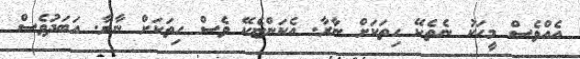
އެއްވެސް މީހަކު ނެތެކޭ ހިތަކަށް ނާރާ. އެކަންޏެކޭ ވެސް ހިތަކަށް ނާރާ. އަބަދުވެސް